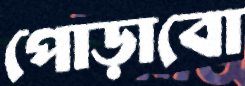
পোড়াবো